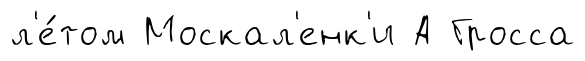
л'е́том Москал'енк'и А Гросса